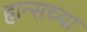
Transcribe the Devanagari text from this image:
हान्सच्या